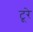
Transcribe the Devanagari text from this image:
टूरे